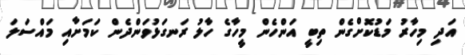
އަދި މިހާރު މަޑުކޮށްގެން ތިބީ އަންހެން މީހާގެ ހާލު ރަނގަޅުވަންދެން ކަމަށާއި މައްސަލަ